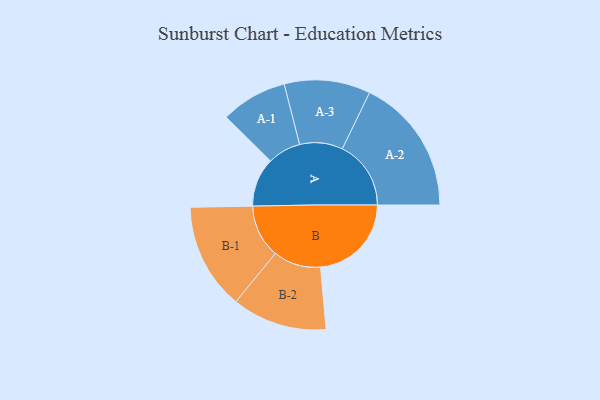
{"axis": {"x": "Segment", "y": "Value"}, "legend": ["", "A", "B"], "data": [{"x": "A", "y": 174, "type": ""}, {"x": "B", "y": 323, "type": ""}, {"x": "A-1", "y": 118, "type": "A"}, {"x": "A-2", "y": 244, "type": "A"}, {"x": "A-3", "y": 153, "type": "A"}, {"x": "B-1", "y": 189, "type": "B"}, {"x": "B-2", "y": 169, "type": "B"}]}